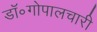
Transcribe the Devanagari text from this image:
डॉ॰गोपालचारी